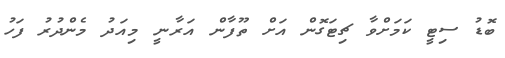
ބޮޑު ސިޓީ ކަމަށްވާ ޗިޓަގޮން އަށް ތޫފާން އަރާނީ މިއަދު މެންދުރު ފަހު